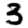
Digit: 3